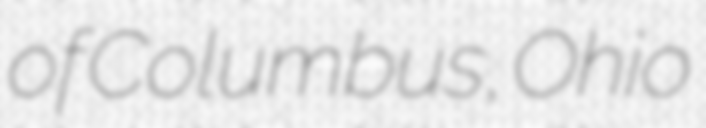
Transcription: of Columbus, Ohio